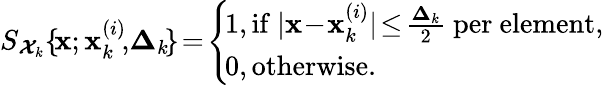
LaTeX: \begin{array}{r}{S_{\mathbfcal{X}_{k}}\{ \! \mathbf x;\mathbf x_{k}^{(i)}\! ,\! \mathbf\Delta_{k}\! \} \! =\! \left\{ \begin{array}{ll}{\! 1,\mathrm{if}\ |\mathbf x\! -\! \mathbf x_{k}^{(i)}|\! \leq\! \frac{\mathbf\Delta_{k}}{2}\mathrm{~per~element},}\\ {\! 0,\mathrm{otherwise}.}\end{array}\right.}\end{array}